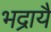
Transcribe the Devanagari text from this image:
भद्रायै